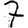
Digit: 7